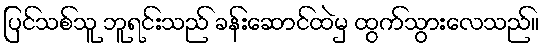
ပြင်သစ်သူ ဘူရင်းသည် ခန်းဆောင်ထဲမှ ထွက်သွားလေသည်။